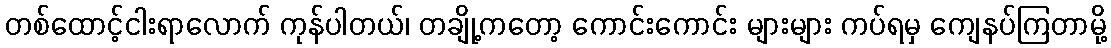
တစ်ထောင့်ငါးရာလောက် ကုန်ပါတယ်၊ တချို့ကတော့ ကောင်းကောင်း များများ ကပ်ရမှ ကျေနပ်ကြတာမို့